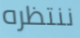
ننتظره